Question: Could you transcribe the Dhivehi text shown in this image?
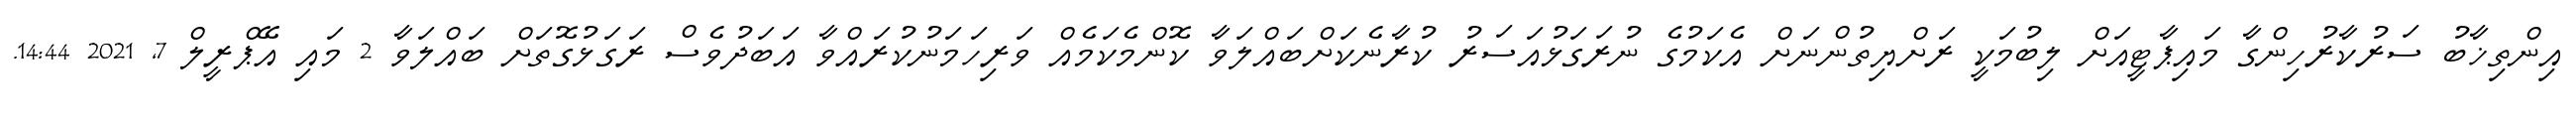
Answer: އިންތިޚާބު ސަރުކާރުހިންގާ މައިޕާޓީއަށް ލިބުމަކީ ރަށްޔިތުންނަށް އެކަމުގެ ނުރަގަޅުއަސަރު ކުރާނެކަށްބައްލަވާ ކޮންމެކަމެއް ވަރިހަމަނުކުރައްވާ އަބަދުވެސް ރަގަޅުގޮތަށް ބައްލަވާ 2 މައި އޭޕްރީލް 7, 2021 14:44.